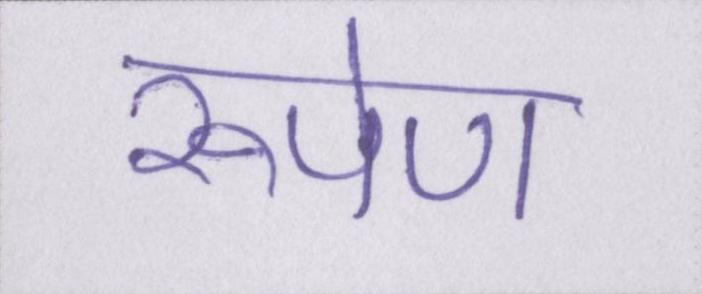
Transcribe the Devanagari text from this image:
रूपेण